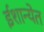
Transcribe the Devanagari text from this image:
ईशान्येत